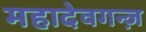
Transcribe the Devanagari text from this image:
महादेवगन्ज़